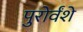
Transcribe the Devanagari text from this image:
पुरोर्वंशे